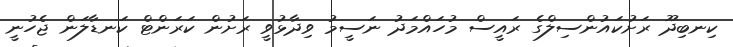
ކިނބިދޫ ރަށުކައުންސިލްގެ ރައީސް މުހައްމަދު ނަސީމު ވިދާޅުވީ ރަށުން ކަރަންޓް ކަނޑާލަން ޖެހުނީ